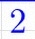
2